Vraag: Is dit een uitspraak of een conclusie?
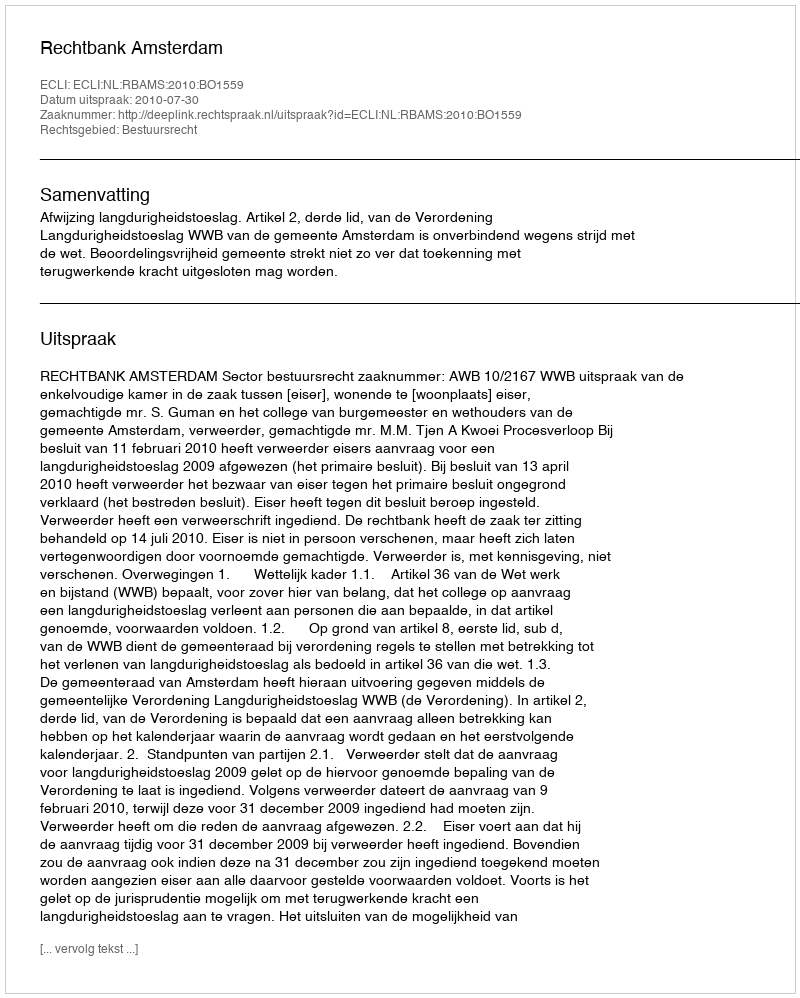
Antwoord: Uitspraak